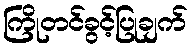
ကြိုတင်ခွင့်ပြုချက်